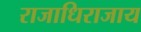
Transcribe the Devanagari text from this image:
राजाधिराजाय